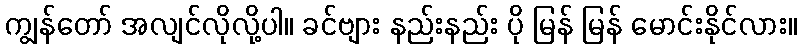
ကျွန်တော် အလျင်လိုလို့ပါ။ ခင်ဗျား နည်းနည်း ပို မြန် မြန် မောင်းနိုင်လား။